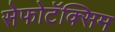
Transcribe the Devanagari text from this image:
सेफोटॅक्सिम